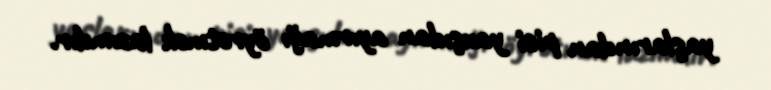
yaşlarından pisi yaxşıdan ayırmağı öyrətmək lazımdır.